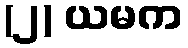
(၂) ယမက